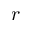
r